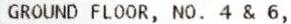
GROUND FLOOR, NO. 4 & 6,